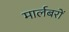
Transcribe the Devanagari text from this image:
मार्लबरों